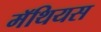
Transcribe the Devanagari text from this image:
मॅथियस